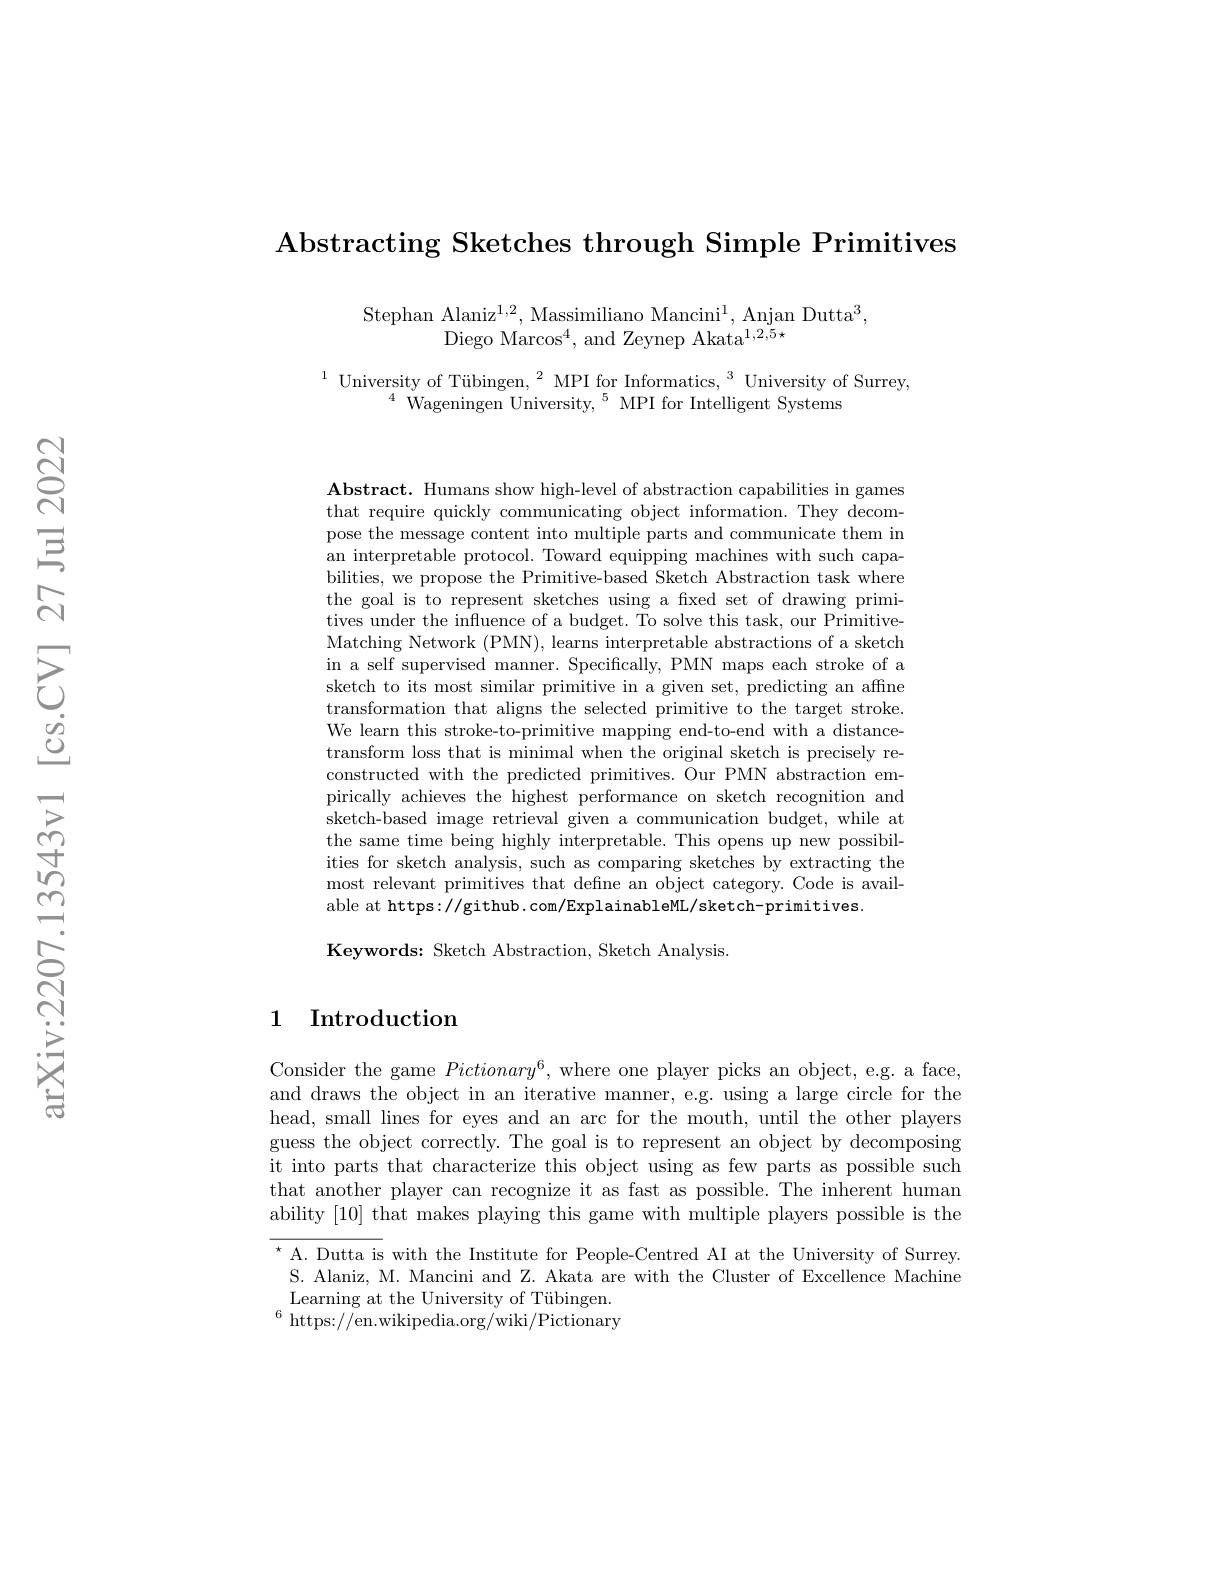
Abstracting Sketches through Simple Primitives

Stephan Alaniz$^1,2$, Massimiliano Mancini$^1$, Anjan Dutta$^3$,
Diego Marcos$^4$, and Zeynep Akata$^1,2,5*$

$\begin{array}{c}{1}&\text{University of Tübingen,}^{2}\text{MPI for Informatics,}^{3}\text{University of Surrey,}\\{4}&\text{Wageningen University,}^{5}\text{MPI for Intelligent Systems}\end{array}$

Abstract. Humans show high-level of abstraction capabilities in games that require quickly communicating object information. They decompose the message content into multiple parts and communicate them in an interpretable protocol. Toward equipping machines with such capabilities, we propose the Primitive-based Sketch Abstraction task where the goal is to represent sketches using a fxed set of drawing primitives under the influence of a budget. To solve this task, our PrimitiveMatching Network (PMN), learns interpretable abstractions of a sketch in a self supervised manner. Specifically, PMN maps each stroke of a sketch to its most similar primitive in a given set, predicting an affine transformation that aligns the selected primitive to the target stroke. We learn this stroke-to-primitive mapping end-to-end with a distancetransform loss that is minimal when the original sketch is precisely reconstructed with the predicted primitives. Our PMN abstraction empirically achieves the highest performance on sketch recognition and sketch-based image retrieval given a communication budget, while at the same time being highly interpretable. This opens up new possibilities for sketch analysis, such as comparing sketches by extracting the most relevant primitives that define an object category. Code is available at https: //github. com/ExplainableML/sketch-primitives
Keywords: Sketch Abstraction, Sketch Analysis

## 1 Introduction

Consider the game $Pictionary^6$, where one player picks an object, e.g. a face, and draws the object in an iterative manner, e.g. using a large circle for the head, small lines for eyes and an arc for the mouth, until the other players guess the object correctly. The goal is to represent an object by decomposing it into parts that characterize this object using as few parts as possible such that another player can recognize it as fast as possible. The inherent human ability [10] that makes playing this game with multiple players possible is the

$^{\star}$ A. Dutta is with the Institute for People-Centred AI at the University of Surrey. S. Alaniz, M. Mancini and Z. Akata are with the Cluster of Excellence Machine Learning at the University of Tübingen. $^{6}$https://en.wikipedia.org/wiki/Pictionary